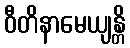
ဝီတိနာမေယျန္တိ